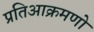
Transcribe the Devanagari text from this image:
प्रतिआक्रमणो